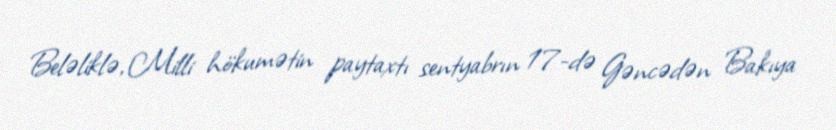
Beləliklə, Milli hökumətin paytaxtı sentyabrın 17-də Gəncədən Bakıya